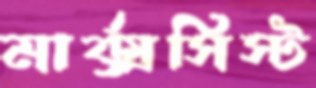
মার্ক্সসিস্ট